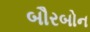
બૌરબોન